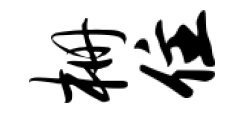
栅住